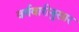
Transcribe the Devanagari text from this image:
वर्गवारीनुसार